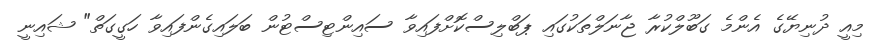
މިއީ ދުނިޔޭގެ އެންމެ ގަބޫލްކުރާ ޖާނަލްތަކުގައި ޕަބްލިސްކޮށްފައިވާ ސައިންޓިސްޓުން ބަލައިގެންފައިވާ ހަގީގަތް" ޝައިނީ